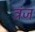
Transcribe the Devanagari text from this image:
त्रंज